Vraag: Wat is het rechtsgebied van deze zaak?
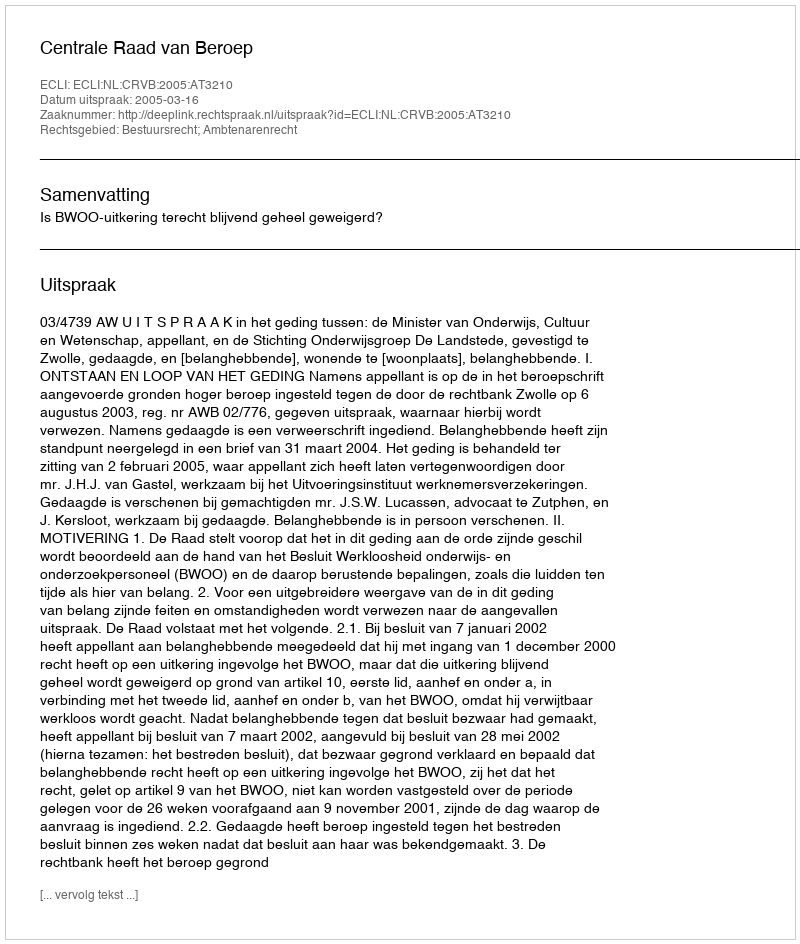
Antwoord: Bestuursrecht; Ambtenarenrecht